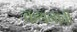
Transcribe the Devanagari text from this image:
कथनाची